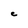
Character: e